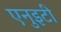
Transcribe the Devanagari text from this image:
एनुइटी